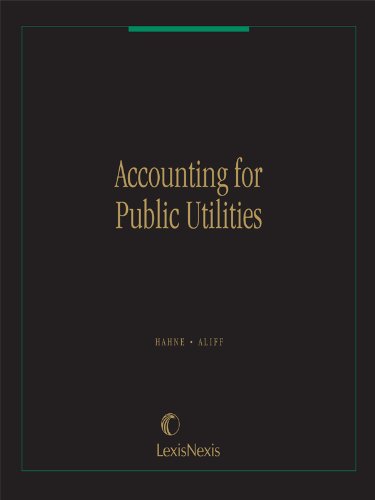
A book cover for Accounting for Public Utilities; Gregory E. Aliff with contributing authors, Deloitte & Touche Robert L. Hahne; Law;